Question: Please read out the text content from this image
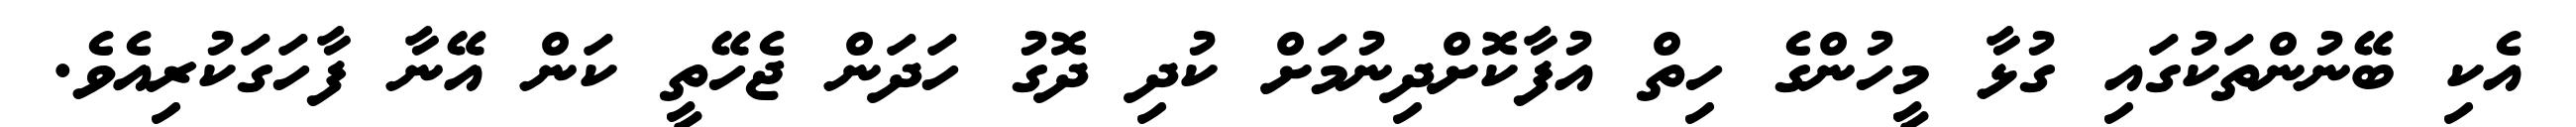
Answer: އެކި ބޭނުންތަކުގައި ގުޅާ މީހުންގެ ހިތް އުފާކޮށްދިނުމަށް ކުދި ދޮގު ހަދަން ޖެހޭތީ ކަން އޭނާ ފާހަގަކުރިއެވެ.